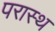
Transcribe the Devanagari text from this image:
परास्थ